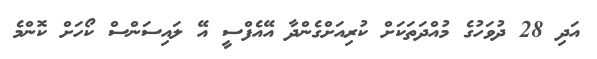
އަދި 28 ދުވަހުގެ މުއްދަތަކަށް ކުރިއަށްގެންދާ އޭއެފްސީ އޭ ލައިސަންސް ކޯހަށް ކޮންމެ